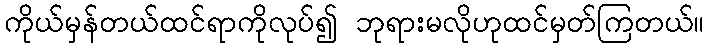
ကိုယ်မှန်တယ်ထင်ရာကိုလုပ်၍ ဘုရားမလိုဟုထင်မှတ်ကြတယ်။